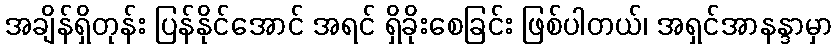
အချိန်ရှိတုန်း ပြန်နိုင်အောင် အရင် ရှိခိုးစေခြင်း ဖြစ်ပါတယ်၊ အရှင်အာနန္ဒာမှာ